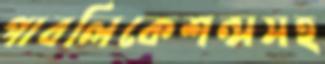
পাবলিকেশন্সসহ